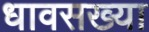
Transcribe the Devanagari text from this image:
धावसख्या